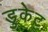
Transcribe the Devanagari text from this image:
डुकेट